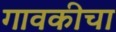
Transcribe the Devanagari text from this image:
गावकीचा